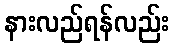
နားလည်ရန်လည်း